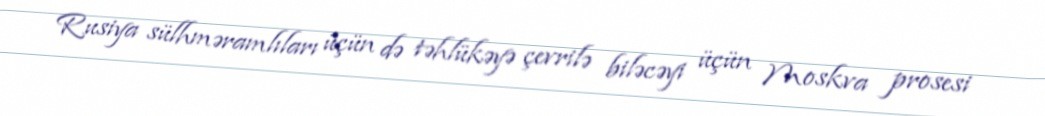
Rusiya sülhməramlıları üçün də təhlükəyə çevrilə biləcəyi üçün Moskva prosesi